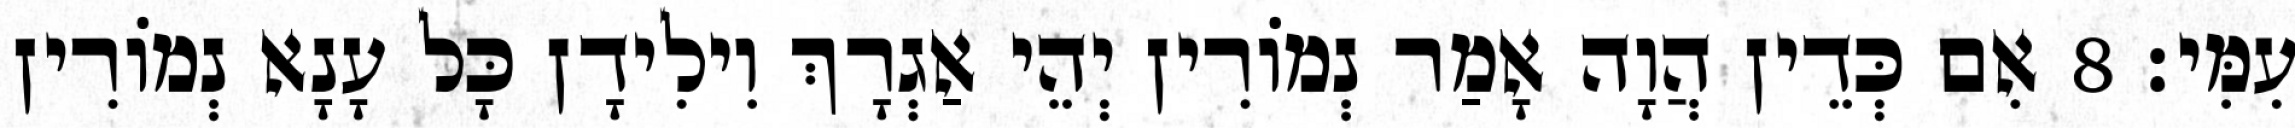
עִמִּי׃ 8 אִם כְּדֵין הֲוָה אָמַר נְמוֹרִין יְהֵי אַגְרָךְ וִילִידָן כָּל עָנָא נְמוֹרִין